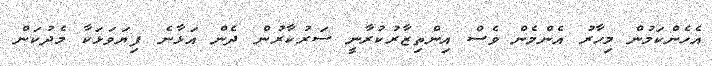
އެހެންކަމުން މިހާރު އެންމެން ވެސް އިންތިޒާރުކުރާނީ ސަރުކާރުން ދެން އަޅާނެ ފިޔަވަޅަކާ މެދުކަން